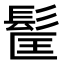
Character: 𩬹